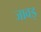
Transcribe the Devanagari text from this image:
जावड़